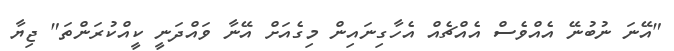
"އޭނަ ނުބުނޭ އެއްވެސް އެއްޗެއް އެހާގިނައިން މިގެއަށް އޭނާ ވައްދަނީ ކީއްކުރަންތަ" ޖިޔާ